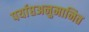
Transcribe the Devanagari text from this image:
पर्याप्तअनुमानित